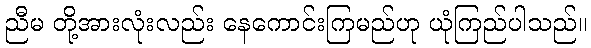
ညီမ တို့အားလုံးလည်း နေကောင်းကြမည်ဟု ယုံကြည်ပါသည်။